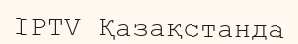
IPTV Қазақстанда